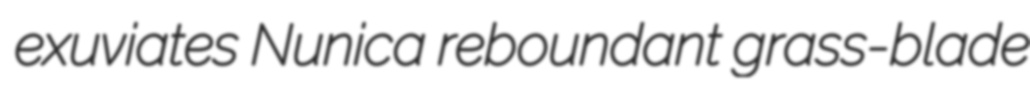
exuviates Nunica reboundant grass-blade